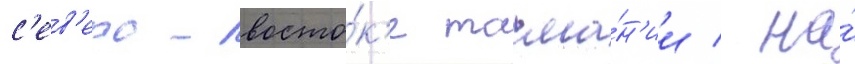
с'ев'еро-восто́к'е тасма́н'ии / на́